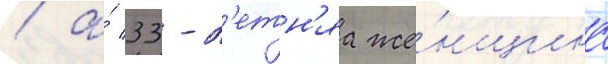
/ а́ 33-л'етн'яа же́нщина